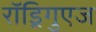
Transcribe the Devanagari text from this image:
राॅड्रिगुएज